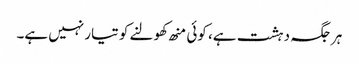
ہرجگہ دہشت ہے، کوئی منھ کھولنے کو تیار نہیں ہے۔